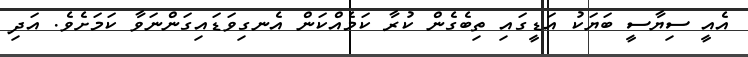
އެއީ ސިޔާސީ ބަޔަކު އަޑީގައި ތިބެގެން ކުރާ ކަމެއްކަން އެނގިވަޑައިގަަންނަވާ ކަމަށެވެ. އަދި